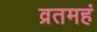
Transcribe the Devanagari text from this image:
व्रतमहं